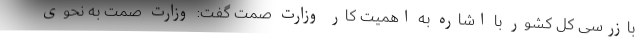
بازرسی کل کشور با اشاره به اهمیت کار وزارت صمت گفت: وزارت صمت به نحوی